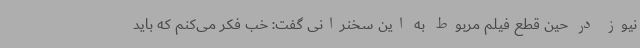
نیوز در حین قطع فیلم مربوط به این سخنرانی گفت: خب فکر می‌کنم که باید